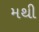
મથી